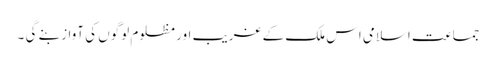
جماعت اسلامی اس ملک کے غریب اور مظلوم لوگوں کی آواز بنے گی ۔